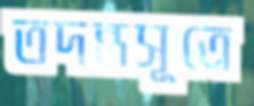
তদন্তসূত্রে